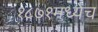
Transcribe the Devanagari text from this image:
१८७१मध्येच